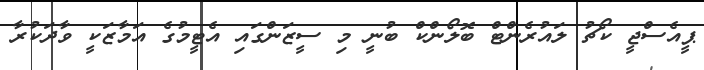
ޕީއެސްޖީ ކޯޗު ލައުރެންޓް ބޮލޯންްކް ބުނީ މި ސީޒަންގައި އެޓީމުގެ އަމާޒަކީ ވާދަކުރާ